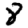
Digit: 8